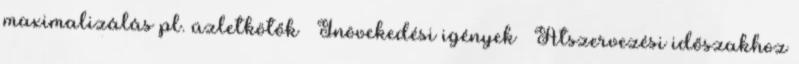
maximalizálás pl. üzletkötők ◦ Inövekedési igények ◦ Átszervezési időszakhoz